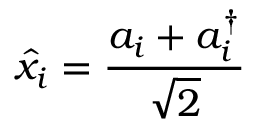
\hat { x } _ { i } = \frac { a _ { i } + a _ { i } ^ { \dagger } } { \sqrt { 2 } }